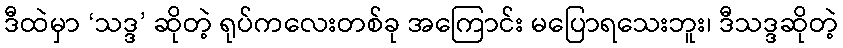
ဒီထဲမှာ ‘သဒ္ဒ’ ဆိုတဲ့ ရုပ်ကလေးတစ်ခု အကြောင်း မပြောရသေးဘူး၊ ဒီသဒ္ဒဆိုတဲ့